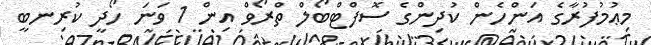
މިޢުމުފުރާގެ އަންހެން ކުދިންގެ ސޮފްޓްބޯލް ތްރޯވް އިން 1 ވަނަ ހޯދީ ކުރިނބީ